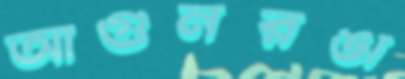
আগুনরঙা